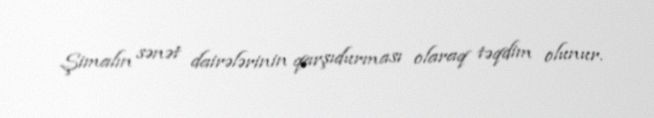
Şimalın sənət dairələrinin qarşıdurması olaraq təqdim olunur.